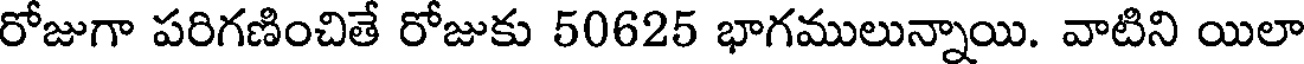
రోజుగా పరిగణించితే రోజుకు 50625 భాగములున్నాయి. వాటిని యిలా